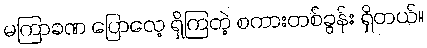
မကြာခဏ ပြောလေ့ ရှိကြတဲ့ စကားတစ်ခွန်း ရှိတယ်။